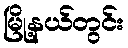
မြို့နယ်တွင်း